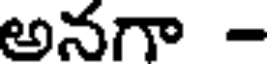
అనగా -